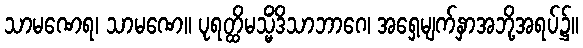
သာမဏေရ၊ သာမဏေ။ ပုရတ္ထိမသ္မိံဒိသာဘာဂေ၊ အရှေ့မျက်နှာအဘို့အရပ်၌။